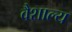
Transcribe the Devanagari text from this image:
वैशाल्य